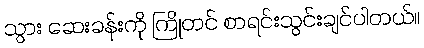
သွား ဆေးခန်းကို ကြိုတင် စာရင်းသွင်းချင်ပါတယ်။